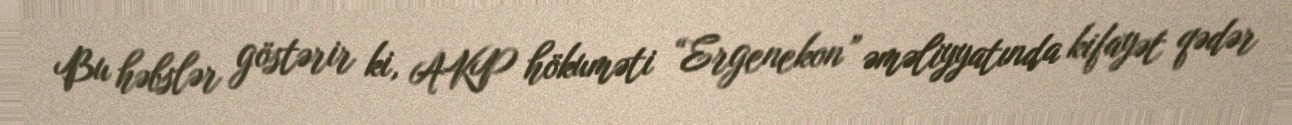
Bu həbslər göstərir ki, AKP hökuməti “Ergenekon” əməliyyatında kifayət qədər